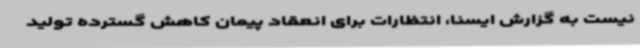
نیست به گزارش ایسنا، انتظارات برای انعقاد پیمان کاهش گسترده تولید